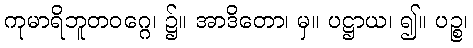
ကုမာရိဘူတဝဂ္ဂေ၊ ၌။ အာဒိတော၊ မှ။ ပဋ္ဌာယ၊ ၍။ ပဉ္စ၊